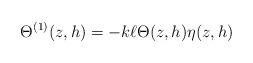
LaTeX: \begin{align*} \Theta^{(1)}(z,h) = -k \ell \Theta(z,h) \eta(z,h)\end{align*}